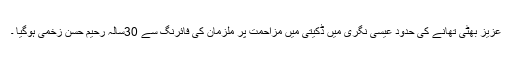
عزیز بھٹی تھانے کی حدود عیسیٰ نگری میں ڈکیتی میں مزاحمت پر ملزمان کی فائرنگ سے 30سالہ رحیم حسن زخمی ہوگیا ۔